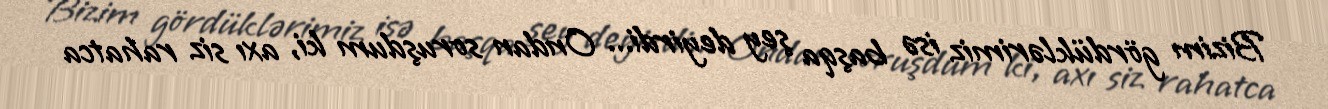
Bizim gördüklərimiz isə başqa şey deyirdi... Ondan soruşdum ki, axı siz rahatca